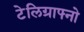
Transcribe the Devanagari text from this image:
टेलिग्राफ्नो